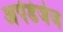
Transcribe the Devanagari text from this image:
अपेंडेजेज